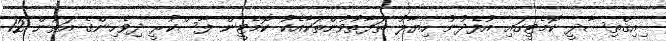
ިއިޤްތިސާދީ ކޮމެޓީގައި އުފެދުނު ހިޔާލު ތަފާތުވުންތަކާއެކު ކޮމެޓީން ފާސްކުރީ ދިވެހިންގެ އަތުން 12